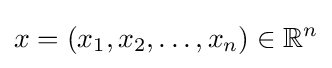
x=(x_{1},x_{2},\ldots ,x_{n})\in \mathbb {R} ^{n}